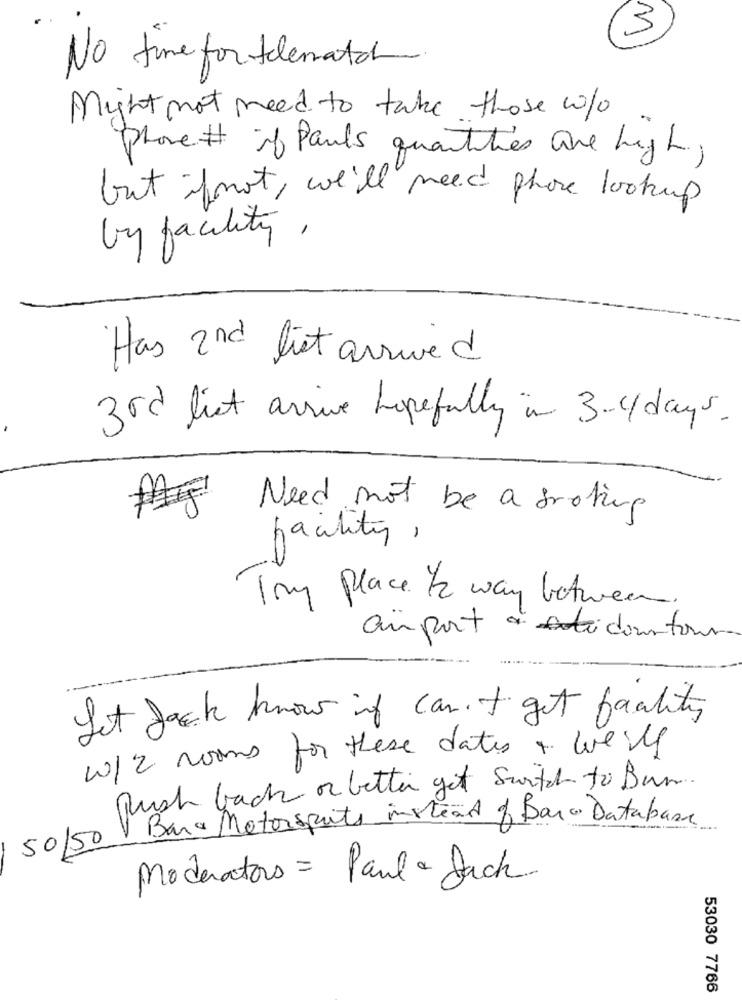
3
No time for thematch.
Might not need to take those who
Phone # if Pauls quantities are high
but foot, we'll need phore lookup
by facility,
Has 2nd liet arrived
3rd list arrive hopefully in 3-4 days.
Need not be a groting
facility,
Tmg place /2 way between.
au port àidountour
Let Jack know it can't get facility
w/2 rooms for these dates + well
Rush back or better get Switch to Burn.
Bara Motorsports instead of Bara Database
50/50
Moderators = Paula Jack
53030 7766